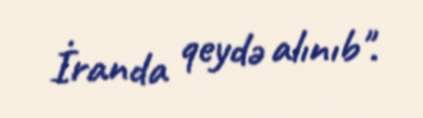
İranda qeydə alınıb".